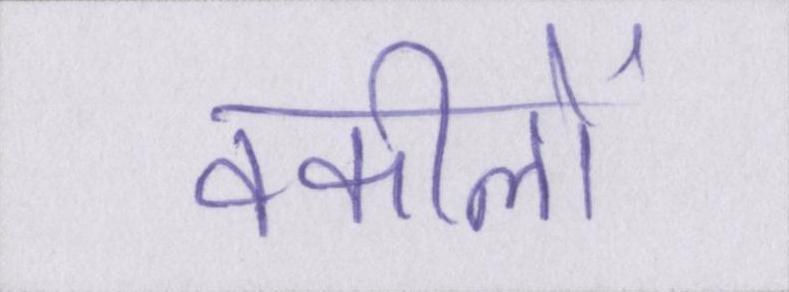
वकीलों